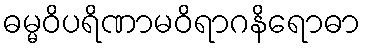
ဓမ္မဝိပရိဏာမဝိရာဂနိရောဓာ